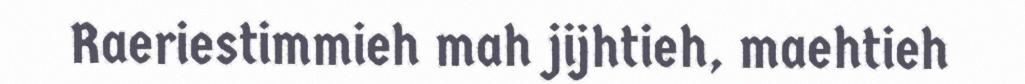
Raeriestimmieh mah jijhtieh, maehtieh